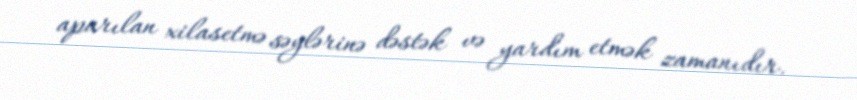
aparılan xilasetmə səylərinə dəstək və yardım etmək zamanıdır.